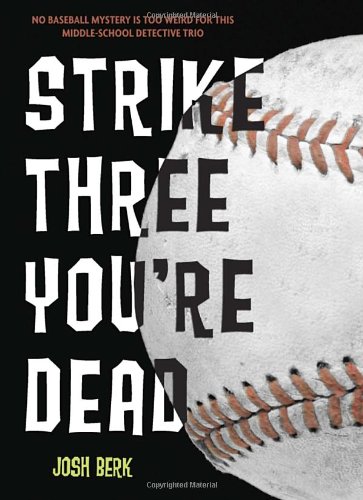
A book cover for Strike Three, You're Dead (Lenny & the Mikes); Josh Berk; Children's Books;